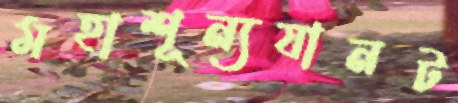
মহাশূন্যযানট